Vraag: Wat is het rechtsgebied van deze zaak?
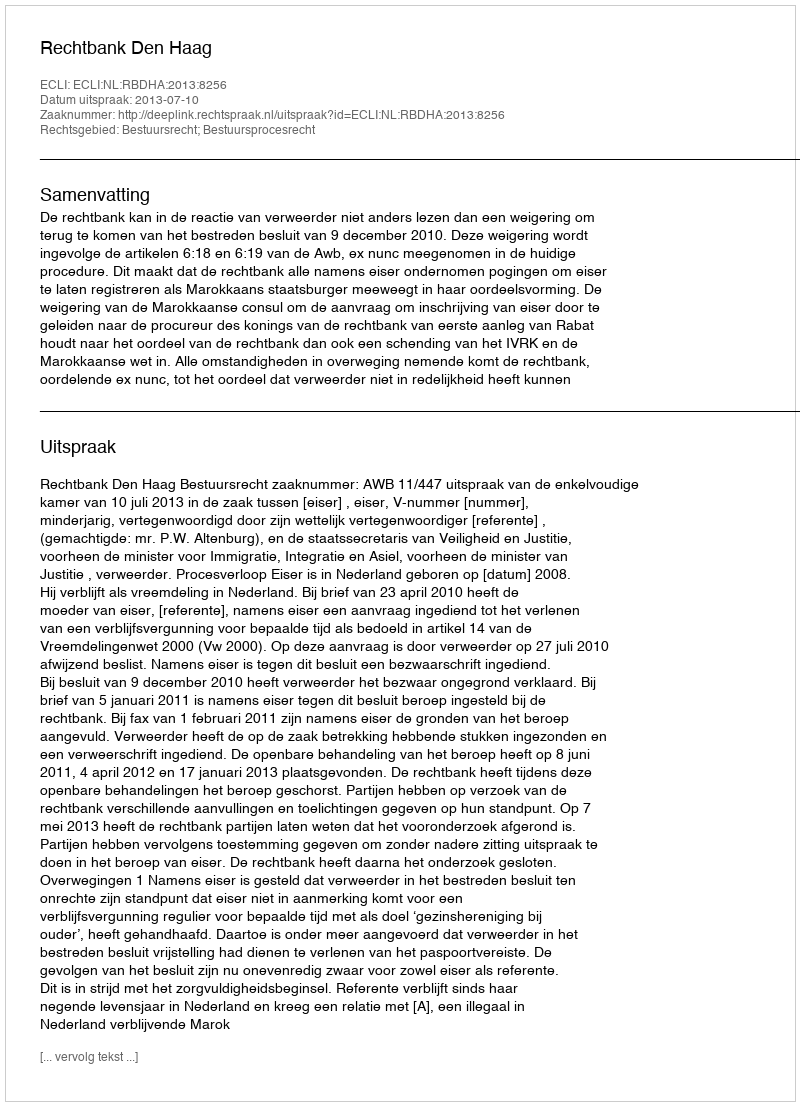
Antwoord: Bestuursrecht; Bestuursprocesrecht